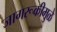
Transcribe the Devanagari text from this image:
जागरूकीमुळे